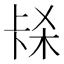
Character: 𭅱